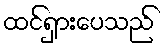
ထင်ရှားပေသည်